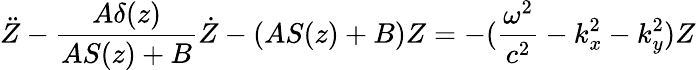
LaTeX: \ddot{Z}-\frac{A\delta(z)}{AS(z)+B}\dot{Z}-\left(AS(z)+B\right)Z=-(\frac{\omega^{2}}{c^{2}}-k_{x}^{2}-k_{y}^{2})Z